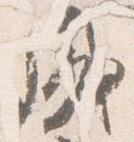
盛